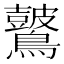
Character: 𪇞